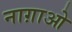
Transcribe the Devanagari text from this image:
नाग़ाओ